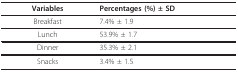
| Variables | Percentages (%) ± SD |
 | --- | --- |
 | Breakfast | 7.4% ± 1.9 |
 | Lunch | 53.9% ± 1.7 |
 | Dinner | 35.3% ± 2.1 |
 | Snacks | 3.4% ± 1.5 |